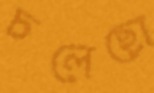
চলেছো